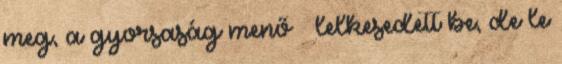
meg, a gyorsaság menő – lelkesedett be, de le